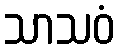
သာသဝံ